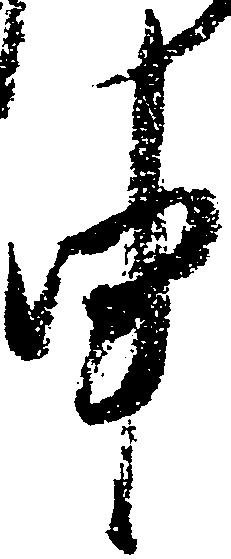
申